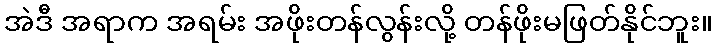
အဲဒီ အရာက အရမ်း အဖိုးတန်လွန်းလို့ တန်ဖိုးမဖြတ်နိုင်ဘူး။